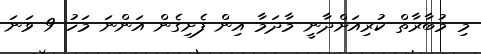
މި މުބާރާތް ކުރިއަށްދާނީ މާދަމާ އިން ފެށިގެން އަންނަ މަހު 9 ވަނަ